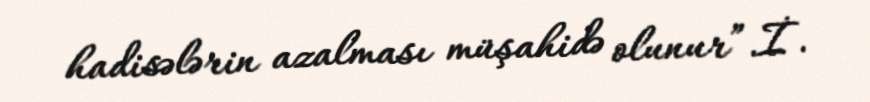
hadisələrin azalması müşahidə olunur”.İ.